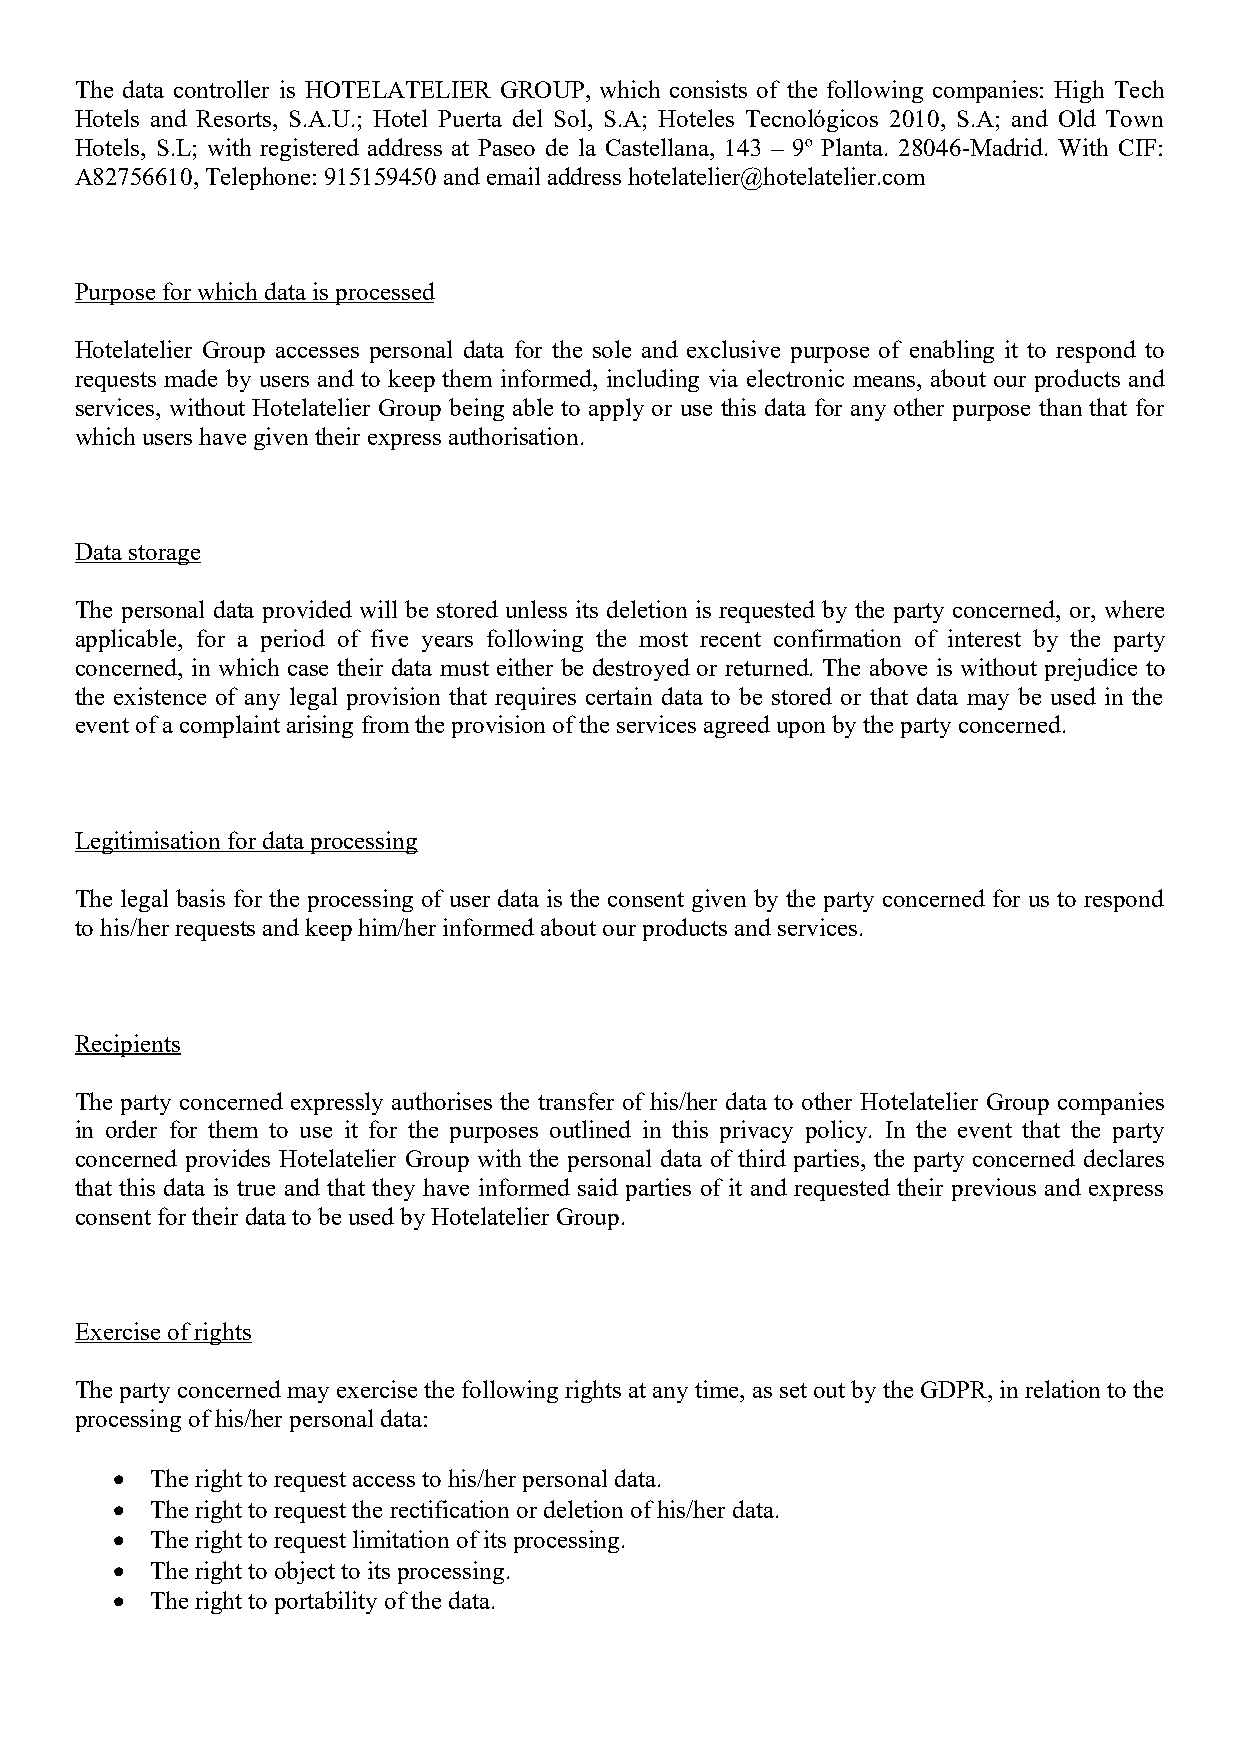
The data controller is HOTELATELIER GROUP, which consists of the following companies: High Tech
 Hotels and Resorts, S.A.U.; Hotel Puerta del Sol, S.A; Hoteles Tecnológicos 2010, S.A; and Old Town
 Hotels, S.L; with registered address at Paseo de la Castellana, 143 – 9º Planta. 28046-Madrid. With CIF:
 A82756610, Telephone: 915159450 and email address hotelatelier@hotelatelier.com
 Purpose for which data is processed
 Hotelatelier Group accesses personal data for the sole and exclusive purpose of enabling it to respond to
 requests made by users and to keep them informed, including via electronic means, about our products and
 services, without Hotelatelier Group being able to apply or use this data for any other purpose than that for
 which users have given their express authorisation.
 Data storage
 The personal data provided will be stored unless its deletion is requested by the party concerned, or, where
 applicable, for a period of five years following the most recent confirmation of interest by the party
 concerned, in which case their data must either be destroyed or returned. The above is without prejudice to
 the existence of any legal provision that requires certain data to be stored or that data may be used in the
 event of a complaint arising from the provision of the services agreed upon by the party concerned.
 Legitimisation for data processing
 The legal basis for the processing of user data is the consent given by the party concerned for us to respond
 to his/her requests and keep him/her informed about our products and services.
 Recipients
 The party concerned expressly authorises the transfer of his/her data to other Hotelatelier Group companies
 in order for them to use it for the purposes outlined in this privacy policy. In the event that the party
 concerned provides Hotelatelier Group with the personal data of third parties, the party concerned declares
 that this data is true and that they have informed said parties of it and requested their previous and express
 consent for their data to be used by Hotelatelier Group.
 Exercise of rights
 The party concerned may exercise the following rights at any time, as set out by the GDPR, in relation to the
 processing of his/her personal data:
   The right to request access to his/her personal data.
   The right to request the rectification or deletion of his/her data.
   The right to request limitation of its processing.
   The right to object to its processing.
   The right to portability of the data.